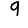
Digit: 9